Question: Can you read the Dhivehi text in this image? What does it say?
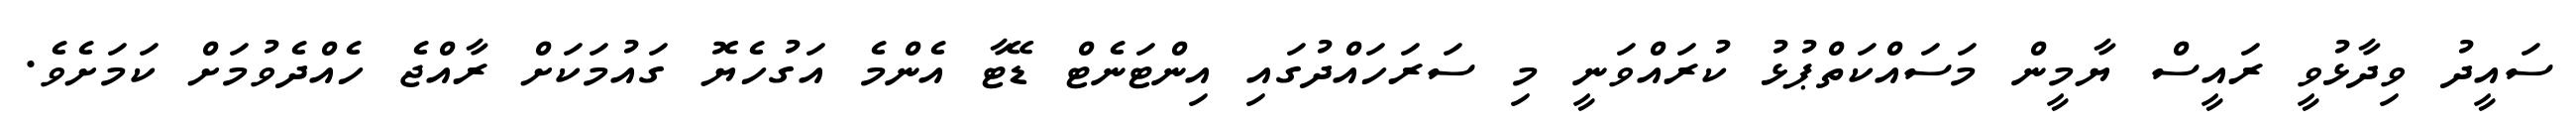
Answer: ސައީދު ވިދާޅުވީ ރައީސް ޔާމީން މަސައްކަތްޕުޅު ކުރައްވަނީ މި ސަރަހައްދުގައި އިންޓަނެޓް ޑޭޓާ އެންމެ އަގުހެޔޮ ގައުމަކަށް ރާއްޖެ ހެއްދެވުމަށް ކަމަށެވެ.